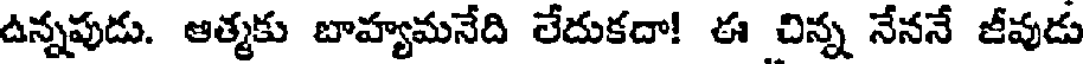
ఉన్నపుడు. ఆత్మకు బాహ్యమనేది లేదుకదా! ఈ చిన్న నేననే జీవుడు